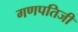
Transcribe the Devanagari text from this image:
गणपतिजी